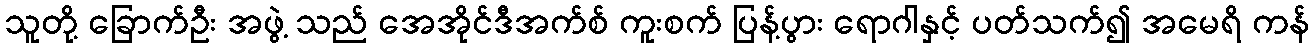
သူတို့ ခြောက်ဦး အဖွဲ့ သည် အေအိုင်ဒီအက်စ် ကူးစက် ပြန့်ပွား ရောဂါနှင့် ပတ်သက်၍ အမေရိ ကန်